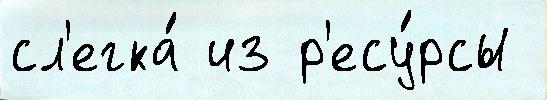
сл'егка́ из р'есу́рсы